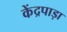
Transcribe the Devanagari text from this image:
केंद्रपाड़ा